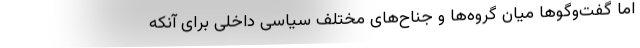
اما گفت‌وگوها میان گروه‌ها و جناح‌های مختلف سیاسی داخلی برای آنکه